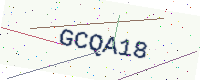
Text: GCQA18